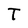
Character: T